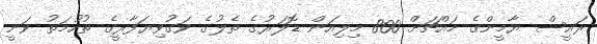
ރައީސް ޔާމީންގެ މައްޗަށް 800 މިލިއަން ޑޮލަރުގެ ތެލުގެ ވަގުވިޔަފާރީގެ ތުހުމަތު ވަނީ